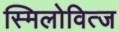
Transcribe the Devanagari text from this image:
स्मिलोवित्ज